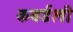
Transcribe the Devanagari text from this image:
कवर्डली